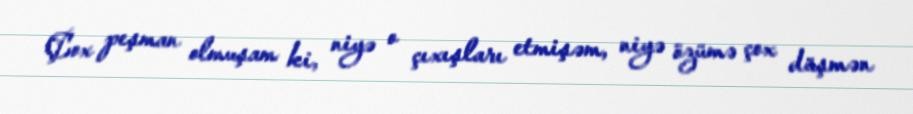
Çox peşman olmuşam ki, niyə o çıxışları etmişəm, niyə özümə çox düşmən